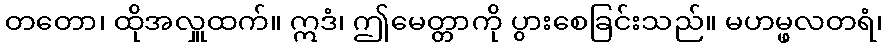
တတော၊ ထိုအလှူထက်။ ဣဒံ၊ ဤမေတ္တာကို ပွားစေခြင်းသည်။ မဟမ္ဖလတရံ၊